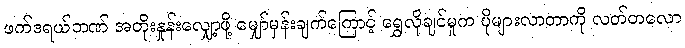
ဖက်ဒရယ်ဘဏ် အတိုးနှုန်းလျှော့ဖို့ မျှော်မှန်းချက်ကြောင့် ရွှေလိုချင်မှုက ပိုများလာတာကို လတ်တလော